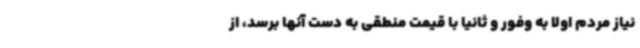
نیاز مردم اولا به وفور و ثانیا با قیمت منطقی به دست آنها برسد، از